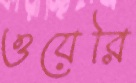
ওয়েরি